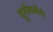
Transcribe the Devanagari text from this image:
दुर्गावतीचे